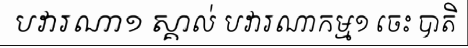
បវារណា១ ស្គាល់ បវារណាកម្ម១ ចេះ បាតិ